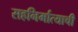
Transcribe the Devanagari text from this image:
सहनिर्मात्याची